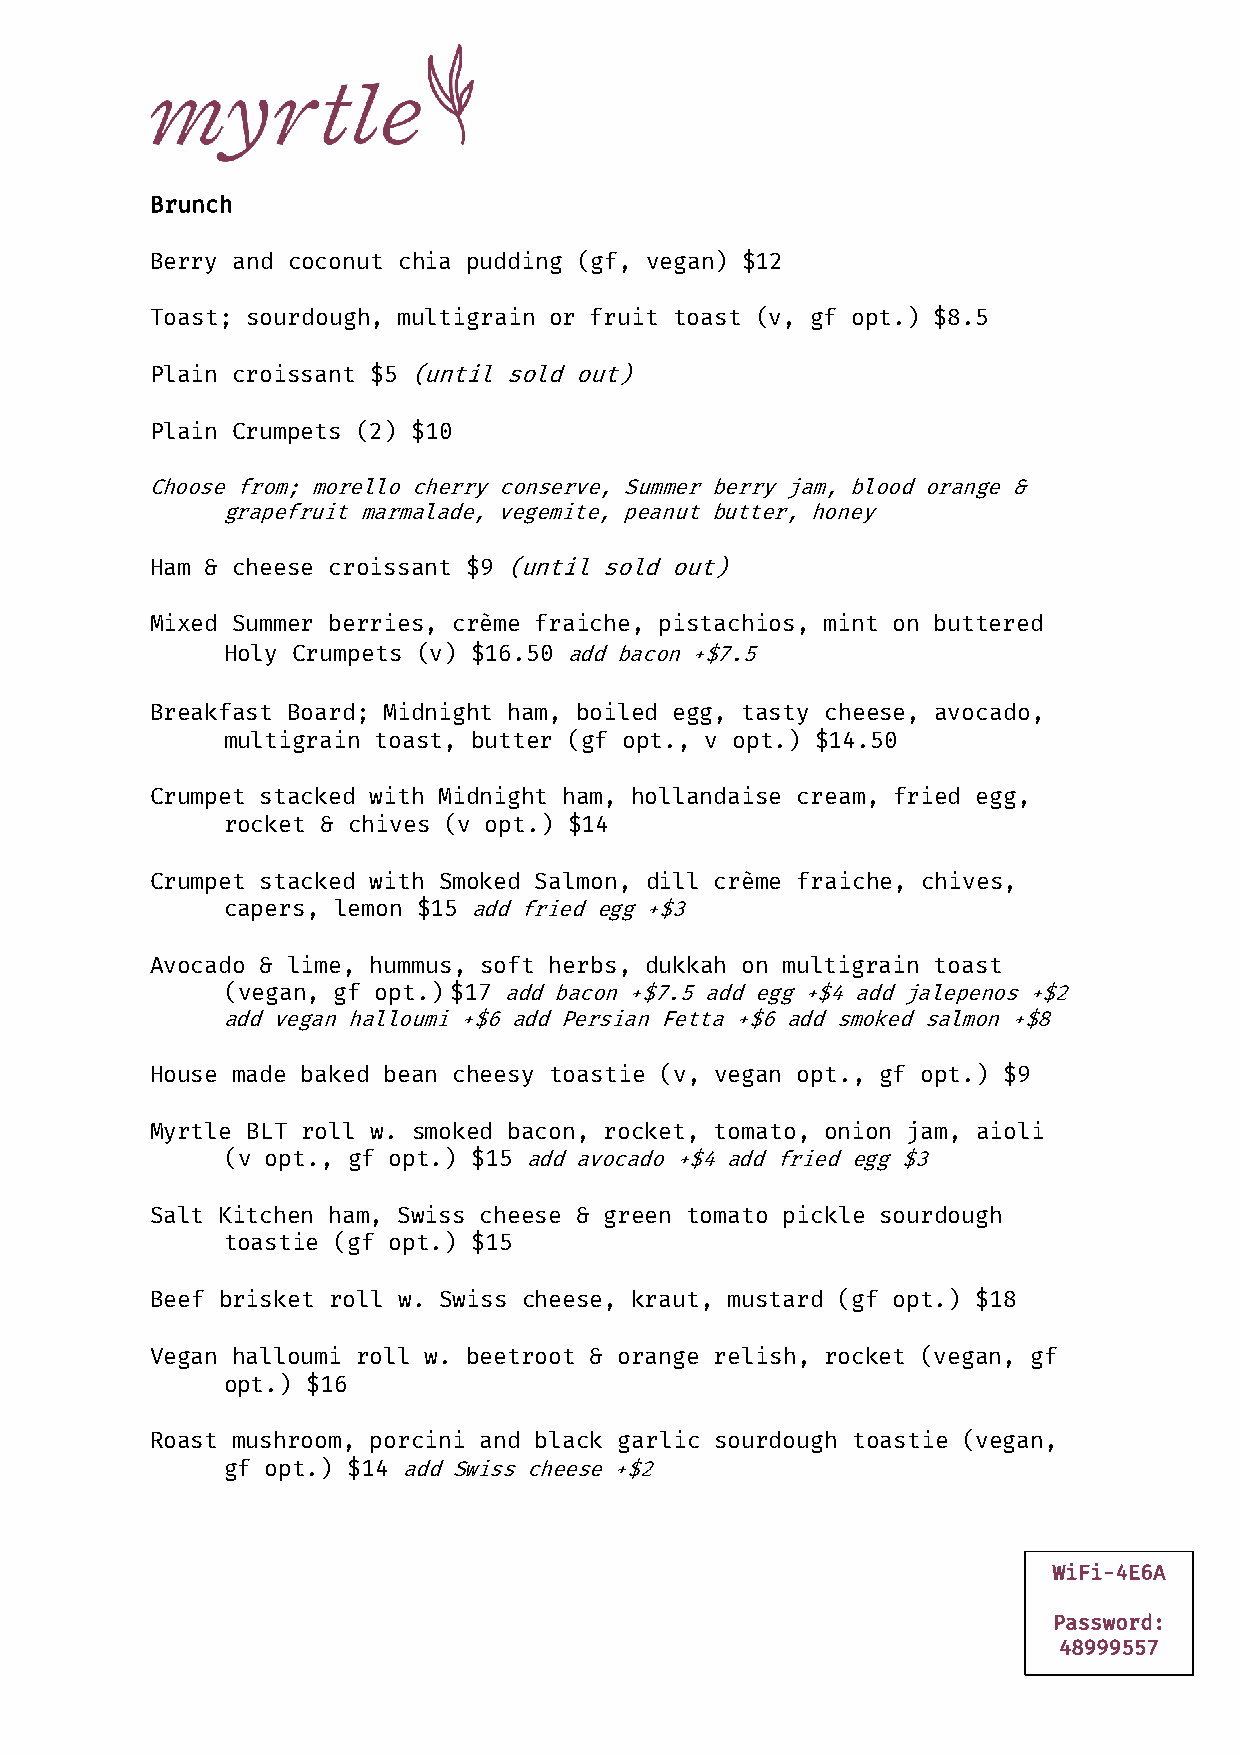
Brunch
 Berry and coconut chia pudding (gf, vegan) $12
 Toast; sourdough, multigrain or fruit toast (v, gf opt.) $8.5
 Plain croissant $5 (until sold out)
 Plain Crumpets (2) $10
 Choose from; morello cherry conserve, Summer berry jam, blood orange &
 grapefruit marmalade, vegemite, peanut butter, honey
 Ham & cheese croissant $9 (until sold out)
 Mixed Summer berries, crème fraiche, pistachios, mint on buttered
 Holy Crumpets (v) $16.50 add bacon +$7.5
 Breakfast Board; Midnight ham, boiled egg, tasty cheese, avocado,
 multigrain toast, butter (gf opt., v opt.) $14.50
 Crumpet stacked with Midnight ham, hollandaise cream, fried egg,
 rocket & chives (v opt.) $14
 Crumpet stacked with Smoked Salmon, dill crème fraiche, chives,
 capers, lemon $15 add fried egg +$3
 Avocado & lime, hummus, soft herbs, dukkah on multigrain toast
 (vegan, gf opt.) $17 add bacon +$7.5 add egg +$4 add jalepenos +$2
 add vegan halloumi +$6 add Persian Fetta +$6 add smoked salmon +$8
 House made baked bean cheesy toastie (v, vegan opt., gf opt.) $9
 Myrtle BLT roll w. smoked bacon, rocket, tomato, onion jam, aioli
 (v opt., gf opt.) $15 add avocado +$4 add fried egg $3
 Salt Kitchen ham, Swiss cheese & green tomato pickle sourdough
 toastie (gf opt.) $15
 Beef brisket roll w. Swiss cheese, kraut, mustard (gf opt.) $18
 Vegan halloumi roll w. beetroot & orange relish, rocket (vegan, gf
 opt.) $16
 Roast mushroom, porcini and black garlic sourdough toastie (vegan,
 gf opt.) $14 add Swiss cheese +$2
 WiFi-4E6A
 Password:
 48999557